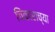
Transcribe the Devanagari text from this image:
चिंकाराच्या